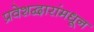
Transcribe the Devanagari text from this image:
प्रवेशद्वारांमधून